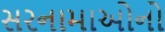
સરનામાઓનો